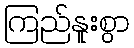
ကြည်နူးစွာ